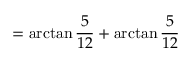
= \arctan { \frac { 5 } { 1 2 } } + \arctan { \frac { 5 } { 1 2 } }